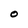
Character: O